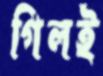
গিলই